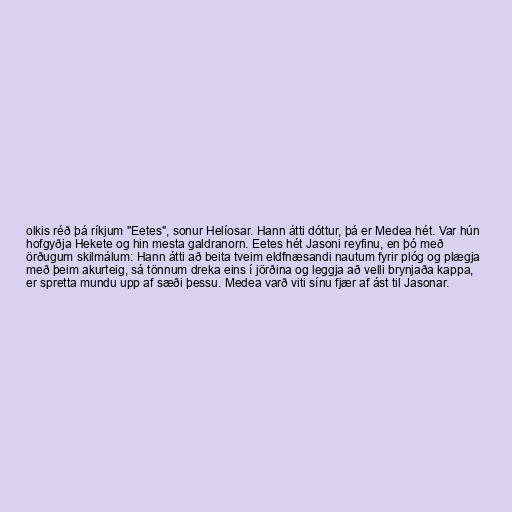
olkis réð þá ríkjum "Eetes", sonur Helíosar. Hann átti dóttur, þá er Medea hét. Var hún
hofgyðja Hekete og hin mesta galdranorn. Eetes hét Jasoni reyfinu, en þó með
örðugum skilmálum: Hann átti að beita tveim eldfnæsandi nautum fyrir plóg og plægja
með þeim akurteig, sá tönnum dreka eins í jörðina og leggja að velli brynjaða kappa,
er spretta mundu upp af sæði þessu. Medea varð viti sínu fjær af ást til Jasonar.